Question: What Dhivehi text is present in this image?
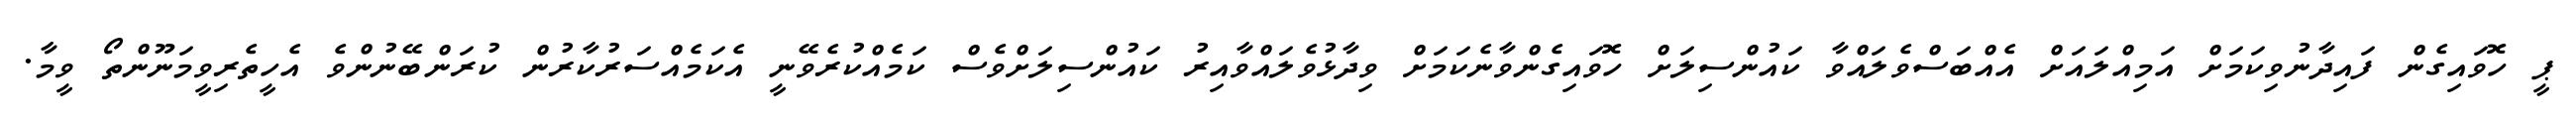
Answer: ޕީ ހޮވައިގެން ފައިދާނުވިކަމަށް އަމިއްލައަށް އެއްބަސްވެލައްވާ ކައުންސިލަށް ހޮވައިގެންވާނެކަމަށް ވިދާޅުވެލައްވާއިރު ކައުންސިލަށްވެސް ކަމެއްކުރެވޭނީ އެކަމެއްސަރުކާރުން ކުރަންބޭނުންވެ އެހީތެރިވީމަނޫންތޯ ވީމާ.